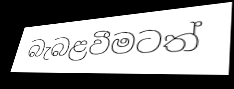
බැබළවීමටත්